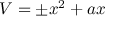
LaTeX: V = \pm x ^ { 2 } + a x